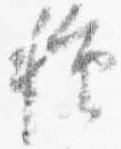
種